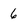
Character: 6